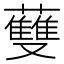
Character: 𧄐